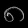
Digit: ၈